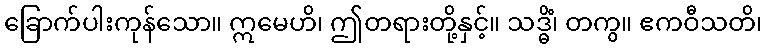
ခြောက်ပါးကုန်သော။ ဣမေဟိ၊ ဤတရားတို့နှင့်။ သဒ္ဓိံ၊ တကွ။ ဧကဝီသတိ၊